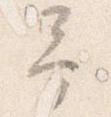
予